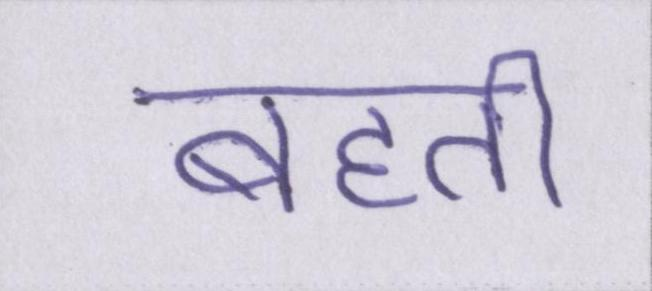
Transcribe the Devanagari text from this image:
बहती